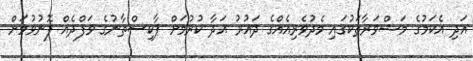
އަދި އެކަމުގެ މަޝްވަރާތަކުގައި މެދުވެރިއެއްގެ ދައުރު އަދާ ކުރުމަށް ޕާކިސްތާނުގެ ވަފްދެއް ފޮނުވުމަށް